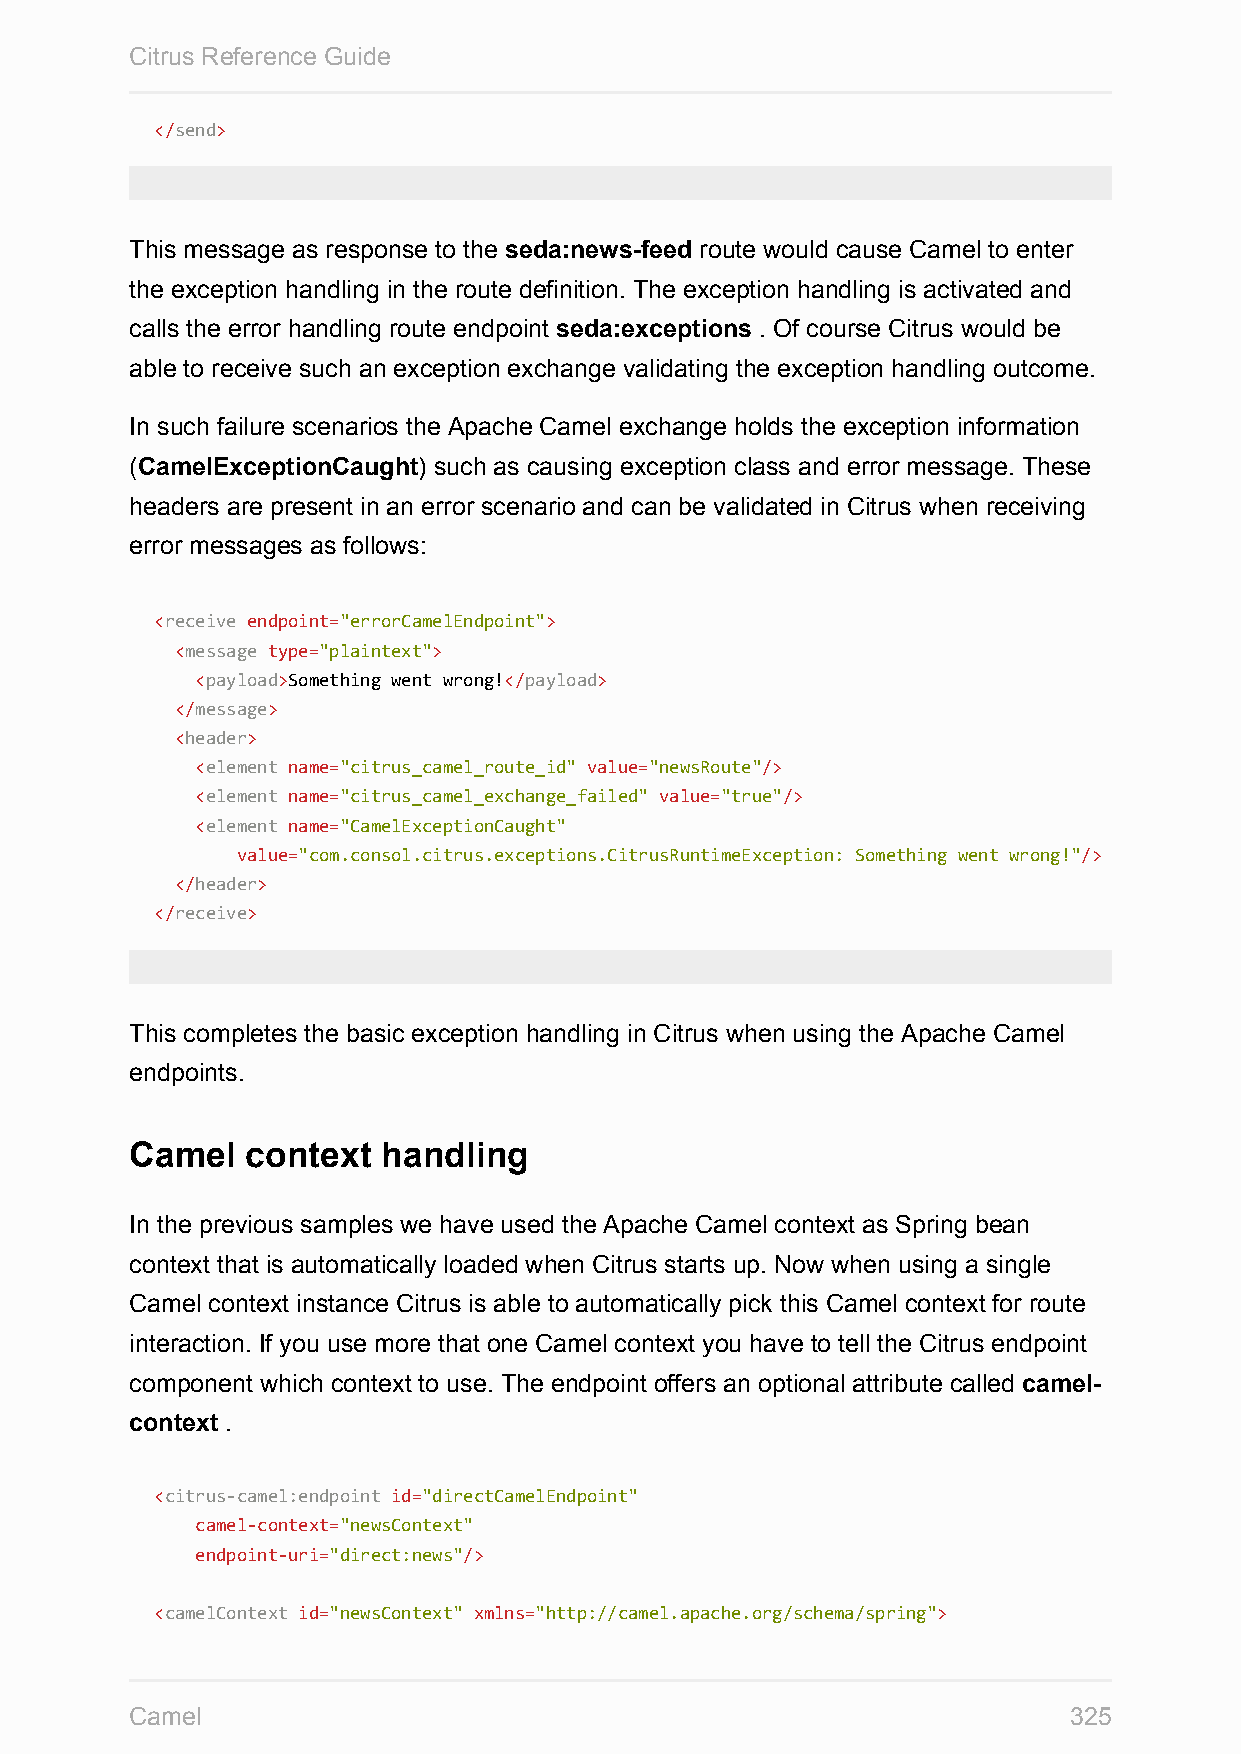
Citrus Reference Guide
 </send>
 This message as response to the seda:news-feed route would cause Camel to enter
 the exception handling in the route definition. The exception handling is activated and
 calls the error handling route endpoint seda:exceptions . Of course Citrus would be
 able to receive such an exception exchange validating the exception handling outcome.
 In such failure scenarios the Apache Camel exchange holds the exception information
 (CamelExceptionCaught) such as causing exception class and error message. These
 headers are present in an error scenario and can be validated in Citrus when receiving
 error messages as follows:
 <receive endpoint="errorCamelEndpoint">
 <message type="plaintext">
 <payload>Something went wrong!</payload>
 </message>
 <header>
 <element name="citrus_camel_route_id" value="newsRoute"/>
 <element name="citrus_camel_exchange_failed" value="true"/>
 <element name="CamelExceptionCaught"
 value="com.consol.citrus.exceptions.CitrusRuntimeException: Something went wrong!"/>
 </header>
 </receive>
 This completes the basic exception handling in Citrus when using the Apache Camel
 endpoints.
 Camel  context  handling
 In the previous samples we have used the Apache Camel context as Spring bean
 context that is automatically loaded when Citrus starts up. Now when using a single
 Camel context instance Citrus is able to automatically pick this Camel context for route
 interaction. If you use more that one Camel context you have to tell the Citrus endpoint
 component which context to use. The endpoint offers an optional attribute called camel-
 context .
 <citrus-camel:endpoint id="directCamelEndpoint"
 camel-context="newsContext"
 endpoint-uri="direct:news"/>
 <camelContext id="newsContext" xmlns="http://camel.apache.org/schema/spring">
 Camel                                                         325